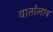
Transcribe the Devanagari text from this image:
वार्तालाब